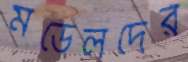
মডেলদের